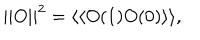
| | O | | ^ { 2 } = \langle \langle O ( 1 ) O ( 0 ) \rangle \rangle ,